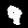
Digit: 9